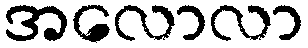
အလောလာ